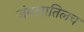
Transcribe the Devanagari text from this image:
जंगलातिलच